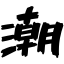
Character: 潮